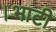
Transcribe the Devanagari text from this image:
।भाटी